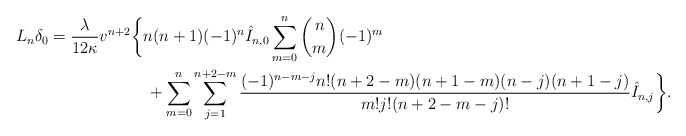
\begin{align*} L_n\delta_0&=\frac{\lambda}{12\kappa}v^{n+2}\bigg\{n(n+1)(-1)^n\hat{I}_{n,0}\sum_{m=0}^n\binom{n}{m}(-1)^{m}\\&\qquad\qquad\qquad+\sum_{m=0}^n\sum_{j=1}^{n+2-m}\frac{(-1)^{n-m-j}n!(n+2-m)(n+1-m)(n-j)(n+1-j)}{m!j!(n+2-m-j)!}\hat{I}_{n,j}\bigg\}.\end{align*}